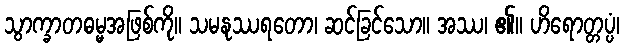
သွာက္ခာတဓမ္မအဖြစ်ကို။ သမနုဿရတော၊ ဆင်ခြင်သော။ အဿ၊ ၏။ ဟိရောတ္တပ္ပံ၊